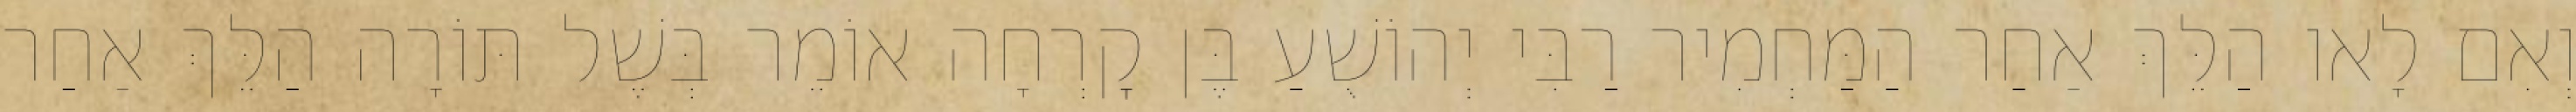
וְאִם לָאו הַלֵּךְ אַחַר הַמַּחְמִיר רַבִּי יְהוֹשֻׁעַ בֶּן קׇרְחָה אוֹמֵר בְּשֶׁל תּוֹרָה הַלֵּךְ אַחַר